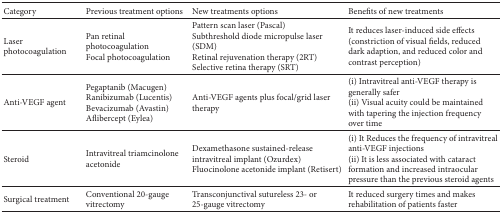
<table><thead><tr><td><b>Category</b></td><td><b>Previous treatment options</b></td><td><b>New treatments options</b></td><td><b>Benefits of new treatments</b></td></tr></thead><tbody><tr><td>Laser photocoagulation</td><td>Pan retinal photocoagulation Focal photocoagulation</td><td>Pattern scan laser (Pascal) Subthreshold diode micropulse laser (SDM) Retinal rejuvenation therapy (2RT) Selective retina therapy (SRT)</td><td>It reduces laser-induced side effects(constriction of visual fields, reduced dark adaption, and reduced color and contrast perception)</td></tr><tr><td>Anti-VEGF agent</td><td>Pegaptanib (Macugen)Ranibizumab (Lucentis)Bevacizumab (Avastin)Aflibercept (Eylea)</td><td>Anti-VEGF agents plus focal/grid laser therapy </td><td>(i) Intravitreal anti-VEGF therapy is generally safer (ii) Visual acuity could be maintained with tapering the injection frequency over time</td></tr><tr><td>Steroid</td><td>Intravitreal triamcinolone acetonide</td><td>Dexamethasone sustained-release intravitreal implant (Ozurdex)Fluocinolone acetonide implant (Retisert)</td><td>(i) It Reduces the frequency of intravitreal anti-VEGF injections (ii) It is less associated with cataract formation and increased intraocular pressure than the previous steroid agents</td></tr><tr><td>Surgical treatment</td><td>Conventional 20-gauge vitrectomy</td><td>Transconjunctival sutureless 23- or 25-gauge vitrectomy</td><td>It reduced surgery times and makes rehabilitation of patients faster</td></tr></tbody></table>